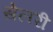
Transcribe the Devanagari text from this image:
सेलरी